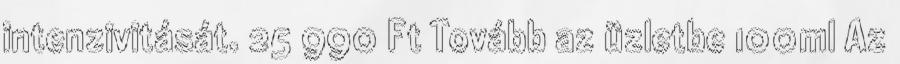
intenzivitását. 25 990 Ft Tovább az üzletbe 100ml Az